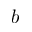
b